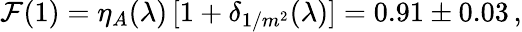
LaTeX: {\cal F}(1)=\eta_{A}(\lambda)\, [1+\delta_{1/m^{2}}(\lambda)]=0.91\pm 0.03\, ,